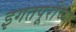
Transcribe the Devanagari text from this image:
इगतपूरीच्या